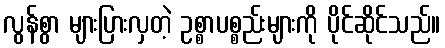
လွန်စွာ များပြားလှတဲ့ ဥစ္စာပစ္စည်းများကို ပိုင်ဆိုင်သည်။